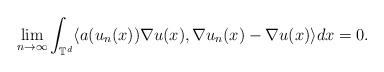
LaTeX: \begin{align*}\lim_{n\rightarrow\infty} \int_{\mathbb{T}^d} \langle a(u_n(x)) \nabla u(x), \nabla u_n(x) - \nabla u(x) \rangle dx = 0 .\end{align*}